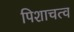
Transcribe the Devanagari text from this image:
पिशाचत्व